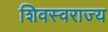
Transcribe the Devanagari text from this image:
शिवस्वराज्य